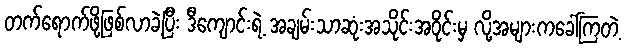
တက်ရောက်ဖို့ဖြစ်လာခဲ့ပြီး ဒီကျောင်းရဲ့ အချမ်းသာဆုံးအသိုင်းအဝိုင်းမှ လို့အများကခေါ်ကြတဲ့